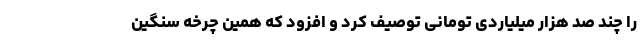
را چند صد هزار میلیاردی تومانی توصیف کرد و افزود که همین چرخه سنگین